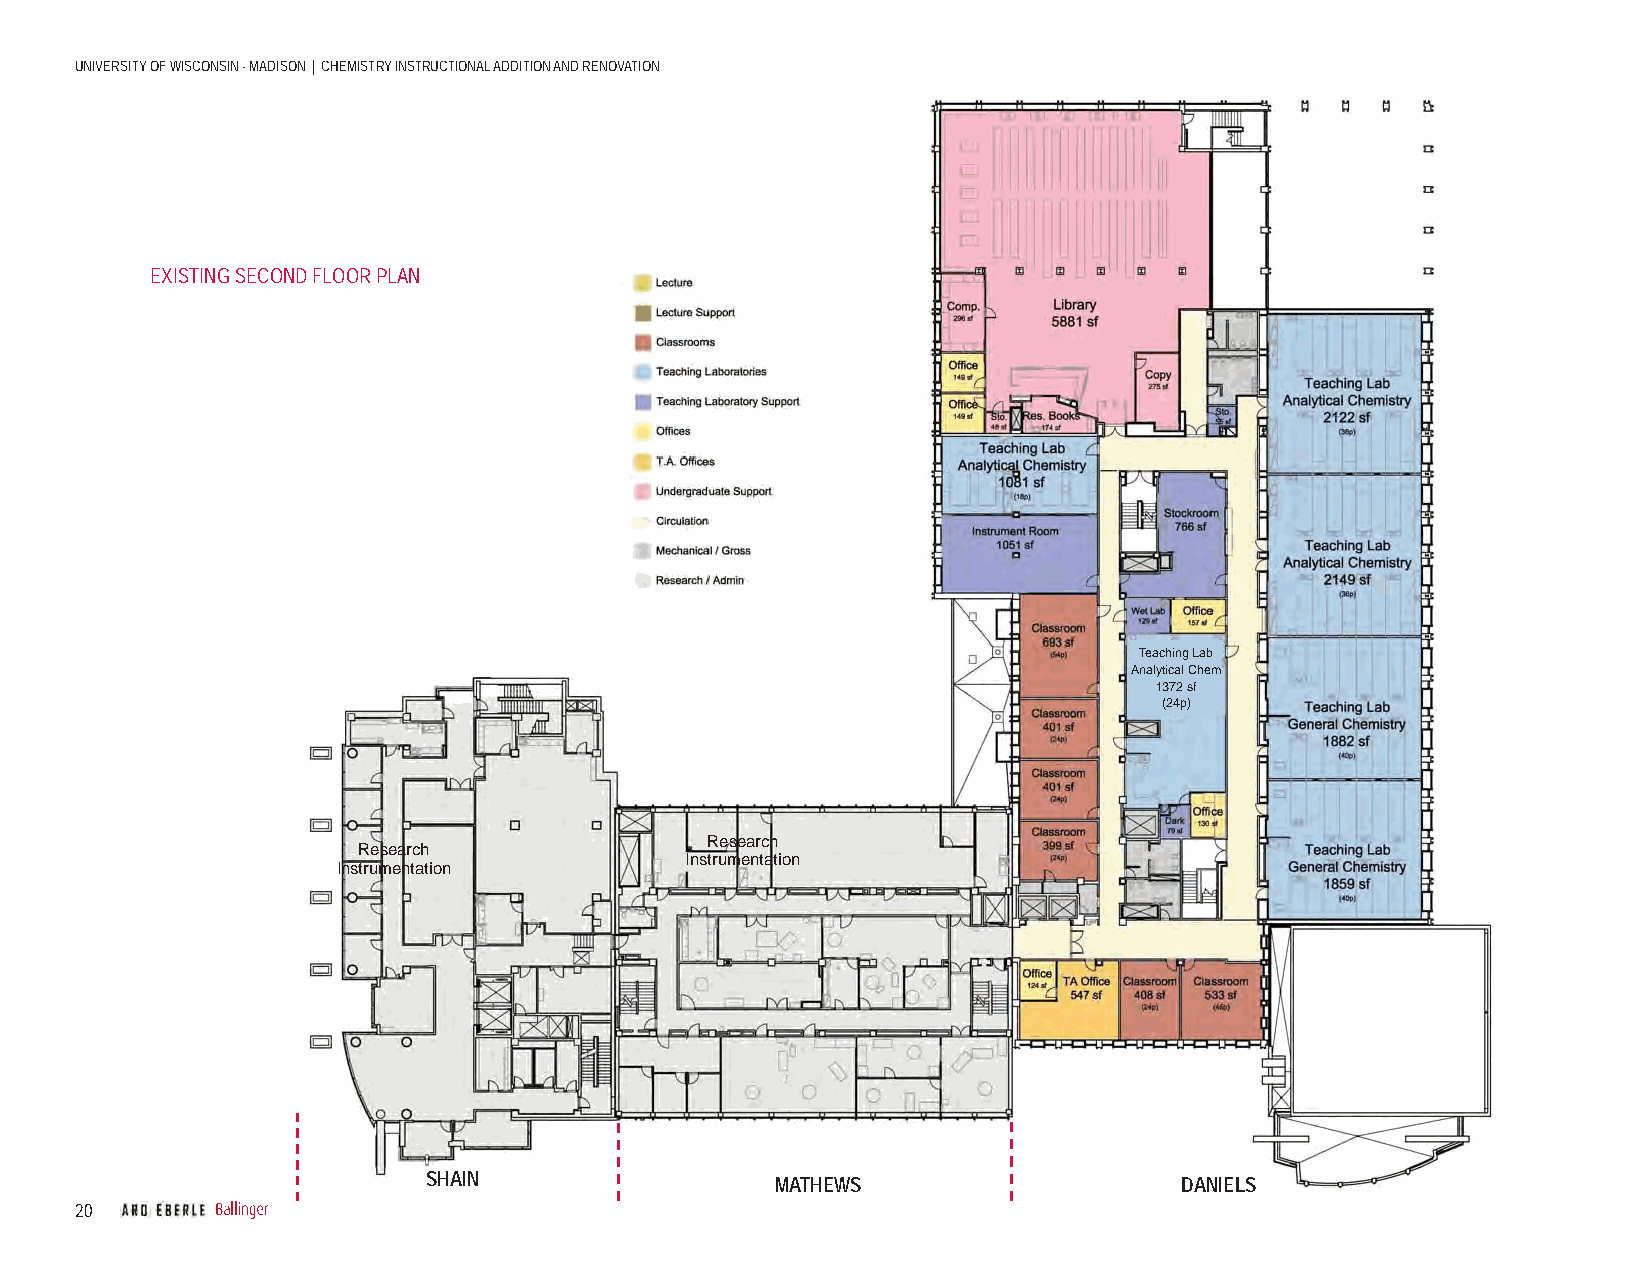
UNIVERSITY OF WISCONSIN - MADISON | CHEMISTRY INSTRUCTIONAL ADDITION AND RENOVATION
 EXISTING SECOND FLOOR PLAN
 Teaching Lab
 Analytical Chem
 1372 sf
 (24p)
 Research
 Research
 Instrumentation
 Instrumentation
 SHAIN                  MATHEWS                    DANIELS
 20